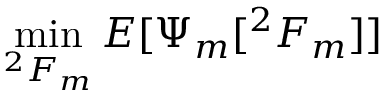
\operatorname* { m i n } _ { ^ { 2 } F _ { m } } { E [ \Psi _ { m } [ ^ { 2 } F _ { m } ] ] }